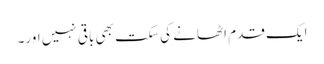
ایک قدم اٹھانے کی سکت بھی باقی نہیں اور۔